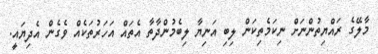
މާލޭގެ ރައްޔިތުންނަށް ނިކަމެތިކަން ލިބި އަނިޔާ ލިބެމުންދާތާ އެތައް އަހަރުތަކެއް ވެގެން އެދިޔައީ.